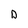
Character: D